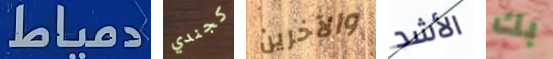
دمياط كجندي والآخرين الأشد بك